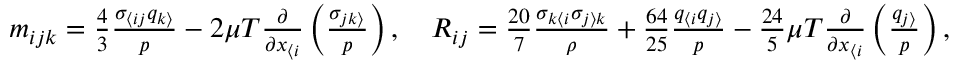
\begin{array} { r } { m _ { i j k } = \frac { 4 } { 3 } \frac { \sigma _ { \langle i j } q _ { k \rangle } } { p } - 2 \mu T \frac { \partial } { \partial x _ { \langle i } } \left( \frac { \sigma _ { j k \rangle } } { p } \right) , \quad R _ { i j } = \frac { 2 0 } { 7 } \frac { \sigma _ { k \langle i } \sigma _ { j \rangle k } } { \rho } + \frac { 6 4 } { 2 5 } \frac { q _ { \langle i } q _ { j \rangle } } { p } - \frac { 2 4 } { 5 } \mu T \frac { \partial } { \partial x _ { \langle i } } \left( \frac { q _ { j \rangle } } { p } \right) , } \end{array}